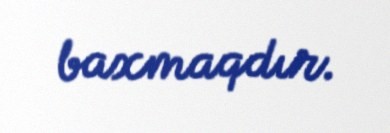
baxmaqdır.